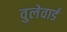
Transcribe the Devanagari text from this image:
वुलेवार्ड